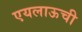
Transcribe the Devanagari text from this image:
एयलाऊची